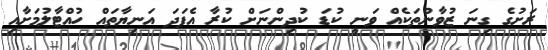
ރަށުގެ ގިނަ ޒުވާންތަކެއް ވަނީ ކުޑަ ކުދިންނަށް ކުރާ އެފަދަ އަނިޔާތައް ހުއްޓާލުމަށާއި